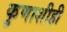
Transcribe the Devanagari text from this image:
कुणाशीही